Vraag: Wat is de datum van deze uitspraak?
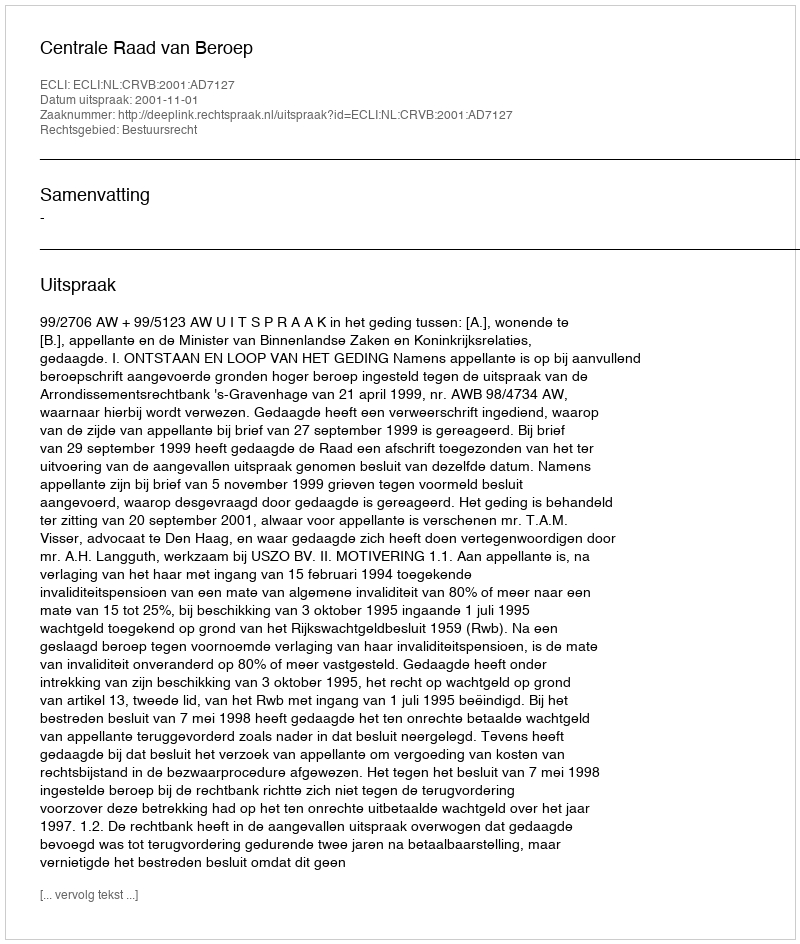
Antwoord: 2001-11-01